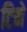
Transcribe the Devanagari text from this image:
टिने